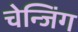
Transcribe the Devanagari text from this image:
चेन्जिंग